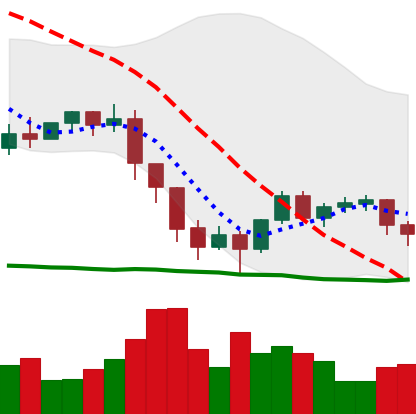
Ticker: ETH-USD
Chart end date: 2022-01-18
Forward return: -19.879%
Label: down_7plus